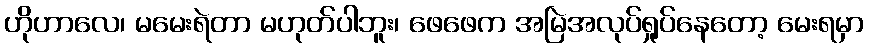
ဟိုဟာလေ၊ မမေးရဲတာ မဟုတ်ပါဘူး၊ ဖေဖေက အမြဲအလုပ်ရှုပ်နေတော့ မေးရမှာ